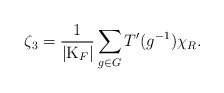
\begin{align*}\zeta _{3}=\frac{1}{|{\rm K}_{F}|}\sum_{{\large g\in G}}T^{\prime}(g^{-1})\chi _{R}.\end{align*}